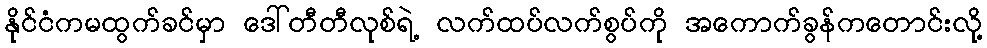
နိုင်ငံကမထွက်ခင်မှာ ဒေါ်တီတီလုစ်ရဲ့ လက်ထပ်လက်စွပ်ကို အကောက်ခွန်ကတောင်းလို့